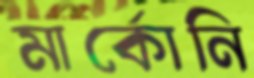
মার্কোনি